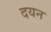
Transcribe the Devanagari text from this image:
दयन